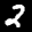
Label: 2